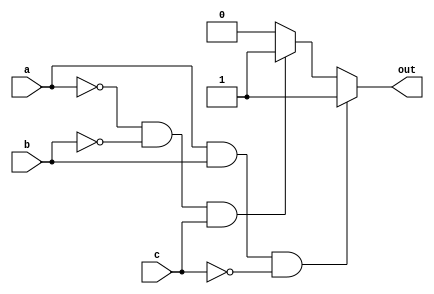
module xor3(out, a, b, c);
  input a, b, c;
  output out;
  assign out = (a && b && !c)    ? 1'b1:
	       ((!a && !b && c) ? 1'b1:
	                          1'b0);
endmodule